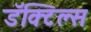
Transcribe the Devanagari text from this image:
डॅक्टिल्स